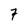
Character: 7